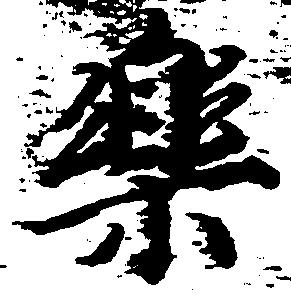
楽